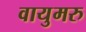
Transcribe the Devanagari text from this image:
वायुमरु